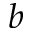
b